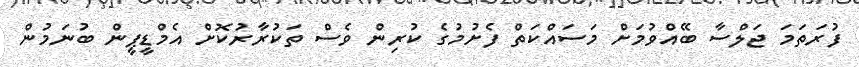
ފުރަތަމަ ޖަލްސާ ބޭއްވުމަށް މަސައްކަތް ފެށުމުގެ ކުރިން ވެސް ތަކުރާރުކޮށް އެމްޑީޕީން ބުނަމުން